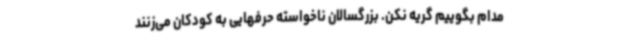
مدام بگوییم گریه نکن. بزرگسالان ناخواسته حرفهایی به کودکان می‌زنند